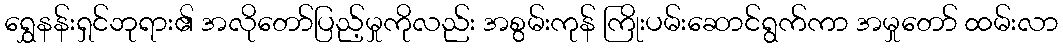
ရွှေနန်းရှင်ဘုရား၏ အလိုတော်ပြည့်မှုကိုလည်း အစွမ်းကုန် ကြိုးပမ်းဆောင်ရွက်ကာ အမှုတော် ထမ်းလာ